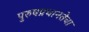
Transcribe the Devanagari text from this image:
पुरुषप्रधानतेचा